Report on vaccination in Madras 1922-1929 - 1922-1929
Year: 1922
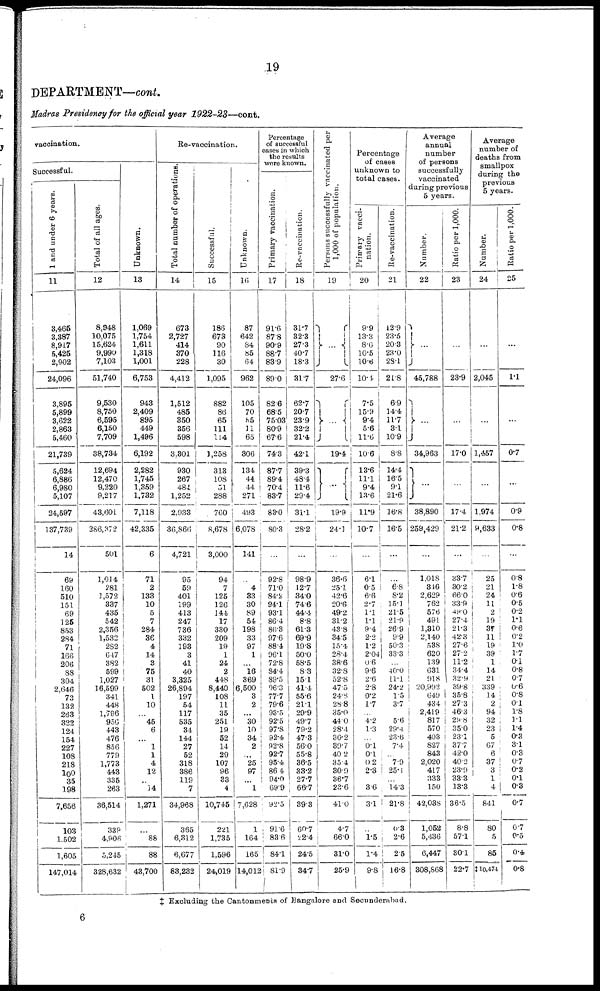
19
DEPARTMENT—cont.
Madras Presidency for the official year 1922-23—cont.
vaccination.
Successful.
1 and under 6 years.
11
3,465
3,387
8,917
5,425
2,902
24,096
3,895
5,899
3,622
2,863
5,460
21,739
5,624
6,886
6,980
5,107
24,597
137,739
14
69
160
510
151
69
125
853
284
71
166
206
88
304
2,646
73
132
263
322
124
154
227
108
218
100
35
198
7,656
103
1.502
1,605
147,014
Total of all ages.
12
8,948
10,075
15,624
9,990
7,103
51,740
9,530
8,750
6,595
6,150
7,709
38,734
12,694
12,470
9,220
9,217
43,601
286,372
501
1,014
281
1,572
337
435
542
2,356
1,532
282
647
382
599
1,027
16,599
341
448
1,796
956
443
476
856
779
1,773
443
335
263
36,514
339
4,906
5,245
328,632
Unknown.
13
1,069
1,754
1,611
1,318
1,001
6,753
943
2,409
895
449
1,496
6,192
2,282
1,745
1,359
1,732
7,118
42,335
6
71
2
133
10
5
7
284
36
4
14
3
75
31
502
1
10
...
45
6
...
1
1
4
12
..
14
1,271
...
88
88
43,700
Re-vaccination.
Total number of operations.
14
673
2,727
414
370
228
4,412
1,512
485
350
356
598
3,301
930
267
484
1,252
2,933
36,866
4,721
95
59
401
199
413
247
736
332
193
3
41
40
3,325
26,894
197
54
117
535
34
144
27
52
318
386
119
7
34,968
365
6,312
6,677
83,232
Successful.
15
186
673
90
116
30
1,095
882
86
65
111
114
1,258
313
108
51
288
760
8,678
3,000
94
7
125
126
144
17
330
209
19
1
24
2
448
8,440
108
11
35
251
19
52
14
29
107
96
33
4
10,745
221
1,735
1,596
24,019
Unknown.
16
87
642
84
85
64
962
105
70
55
11
65
306
134
44
44
271
493
6,078
141
...
4
33
30
89
54
198
33
97
1
...
16
369
6,500
3
2
...
30
10
34
2
...
25
97
...
1
7,628
1 .
164
165
14,012
Percentage
of successful
cases in which
the results
were known.
Primary vaccination.
17
91.6
87.8
90.9
88.7
83.9
89. 0
82.6
68.5
75.03
80.9
67.6
74.3
87.7
89.4
70.4
83.7
83.0
80.3
...
92.8
71.0
84.2
94.1
93.1
86.4
86.8
97.6
88.4
96.1
72.8
84.4
89.5
96.3
77.7
79.6
93.5
92.5
97.8
92.4
92.8
92.7
95.4
86.4
94.0
69.9
92.5
91.6
83.6
84.1
81.9
Re-vaccination.
18
31.7 .
32.3
27.3
40.7
18.3
31.7
62.7
20.7
23.9
32.2
21.4
42.1
39.3
48.4
11.6
29.4
31.1
28.2
...
98.9
12.7
34.0
74.6
44.4
8.8
61.3
69.9
19.8
50.0
58.5
8.3
15.1
41.4
55.6
21.1
29.9
49.7
79.2
47.3
56.0
55.8
36.5
33.2
27.7
66.7
39.3
60.7
22.4
24.5
34.7
Persons successfully vaccinated per
1,000 of population.
19
...
27.6
...
19.4
...
19.9
24.1
...
36.6
25.1
42.6
20.6
49.2
31.2
43.8
34.5
15.4
28.4
38.6
32.8
52.8
47.5
24.3
28.8
35.0
44.0
28.4
36.2
39.7
40.2
35.4
30.9
36.7
23.6
41.0
4.7
66.0
31.0
25.9
Percentage
of cases
unknown to
total cases.
Primary vacci-
nation.
20
9.9
13.3
8.6
10.5
10.6
10.4
7.5
15.9
9.4
5.6
11.6
10.6
136
11.1
9.4
13.6
11.9
10.7
...
6.1
0.5
6.6
2.7
1.1
1.1
9.4
2.2
1.2
2.04
0.6
9.6
2.6
2.8
0.2
1.7
...
4.2
1.3
...
0.1
0.1
0.2
2.3
...
3.6
3.1
...
1.5
1.4
9.8
Re-vaccination.
21
12.9
23.5
20.3
23.0
28.1
21.8
6.9
14.4
11.7
3.1
10.9
8.8
14.4
16.5
9.1
21.6
16.8
16.5
...
...
6.8
8.2
15.1
21.5
21.9
26.9
9.9
50.3
33.3
...
40.0
11.1
24.2
1.5
3.7
5.6
29.4
23.6
7.4
...
7.9
25.1
...
14.3
21.8
0.3
2.6
2.5
16.8
Average
annual
number
of persons
successfully
vaccinated
during previous
5 years.
Number.
22
...
45,788
...
34,963
...
38,890
259,429
...
1,018
346
2,629
762
576
491
1,310
2,140
538
620
139
631
918
20,992
649
434
2,419
817
570
403
827
843
2,020
417
333
150
42,038
1,052
5,436
6,447
308,868
Ratio per 1,000.
23
...
23.9
...
17.0
...
17.4
21.2
...
33.7
30.2
66.0
33.9
49.0
27.4
21.3
42.3
27.6
27.2
11.2
34.4
32.9
39.8
35.8
27.3
46.3
29.8
35.0
23.1
37.7
42.0
40.2
23.9
33.3
13.3
36.5
8.8
57.1
30.1
22.7
Average
number of
deaths from
smallpox
during the
previous
5 years.
Number.
24
...
2,045
...
1,457
...
1,974
9,633
...
25
21
24
11
2
19
37
11
19
39
1
14
21
339
14
2
94
32
23
5
67
6
37
3
1
4
84.1
80
5
85
‡10,474
Ratio per 1,000.
25
...
1.1
...
0.7
...
0.9
0.8
...
0.8
1.8
0.6
0.5
0.2
1.1
0.6
0.2
1.0
1.7
0.1
0.8
0.7
0.6
0.8
0.1 1.8
1.1
1.4
0.3
3.1
0.3
0.7
0.2
0.1
0.3
0.7
0.7
0.5
0.4
0.8
‡ Excluding the Cantonments of Bangalore and Secunderabad.
6